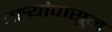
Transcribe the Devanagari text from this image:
तार्‍यांपासून